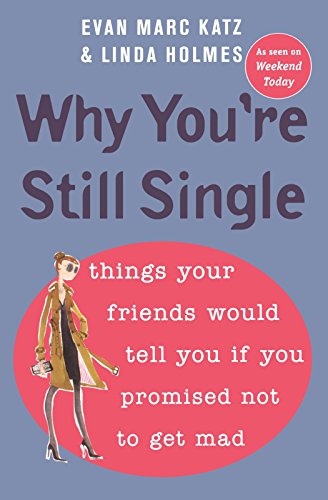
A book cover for Why You're Still Single; Evan Marc Katz; Self-Help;